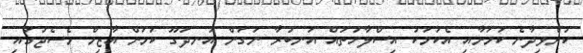
ކުރެވިދާނެ ކަމަށާއި އެކަމަކު އިސްލާހުތައް އަނބުރާ ނަގަން އުނދަގޫ ކަމަށް އާޒިމް މެސެޖުގައި